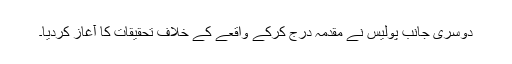
دوسری جانب پولیس نے مقدمہ درج کرکے واقعے کے خلاف تحقیقات کا آغاز کردیا۔